On the standardisation of anti-typhoid vaccine - Number 21
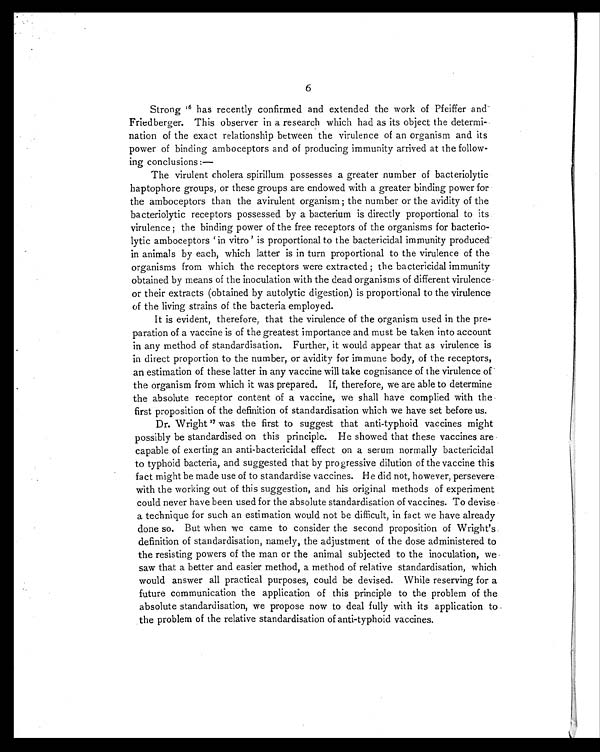
6
Strong 16 has recently confirmed and extended the work of Pfeiffer and
Friedberger. This observer in a research which had as its object the determi-
nation of the exact relationship between the virulence of an organism and its
power of binding amboceptors and of producing immunity arrived at the follow-
ing conclusions :—
The virulent cholera spirillum possesses a greater number of bacteriolytic
haptophore groups, or these groups are endowed with a greater binding power for
the amboceptors than the avirulent organism ; the number or the avidity of the
bacteriolytic receptors possessed by a bacterium is directly proportional to its
virulence ; the binding power of the free receptors of the organisms for bacterio-
lytic amboceptors ' in vitro' is proportional to the bactericidal immunity produced
in animals by each, which latter is in turn proportional to the virulence of the
organisms from which the receptors were extracted ; the bactericidal immunity
obtained by means of the inoculation with the dead organisms of different virulence
or their extracts (obtained by autolytic digestion) is proportional to the virulence
of the living strains of the bacteria employed.
It is evident, therefore, that the virulence of the organism used in the pre-
paration of a vaccine is of the greatest importance and must be taken into account
in any method of standardisation. Further, it would appear that as virulence is
in direct proportion to the number, or avidity for immune body, of the receptors,
an estimation of these latter in any vaccine will take cognisance of the virulence of
the organism from which it was prepared. If, therefore, we are able to determine
the absolute receptor content of a vaccine, we shall have complied with the
first proposition of the definition of standardisation which we have set before us.
Dr. Wright17 was the first to suggest that anti-typhoid vaccines might
possibly be standardised on this principle. He showed that these vaccines are
capable of exerting an anti-bactericidal effect on a serum normally bactericidal
to typhoid bacteria, and suggested that by progressive dilution of the vaccine this
fact might be made use of to standardise vaccines. He did not, however, persevere
with the working out of this suggestion, and his original methods of experiment
could never have been used for the absolute standardisation of vaccines. To devise
a technique for such an estimation would not be difficult, in fact we have already
done so. But when we came to consider the second proposition of Wright's
definition of standardisation, namely, the adjustment of the dose administered to
the resisting powers of the man or the animal subjected to the inoculation, we
saw that a better and easier method, a method of relative standardisation, which
would answer all practical purposes, could be devised. While reserving for a
future communication the application of this principle to the problem of the
absolute standardisation, we propose now to deal fully with its application to
the problem of the relative standardisation of anti-typhoid vaccines.